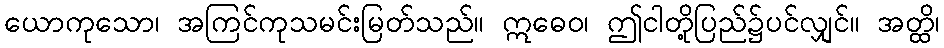
ယောကုသော၊ အကြင်ကုသမင်းမြတ်သည်။ ဣဓေဝ၊ ဤငါတို့ပြည်၌ပင်လျှင်။ အတ္ထိ၊